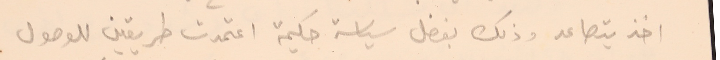
اخذ يتصاعد وذلك بفضل سياسة حكيمة اعتمدت طريقين للوصول